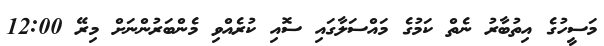
މަސީހުގެ އިތުބާރު ނެތް ކަމުގެ މައްސަލާގައި ސޮއި ކުރެއްވި މެންބަރުންނަށް މިރޭ 12:00